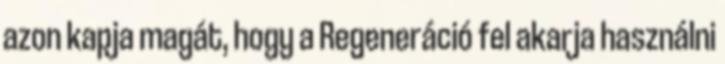
azon kapja magát, hogy a Regeneráció fel akarja használni